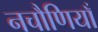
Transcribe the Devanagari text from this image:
नचौणियाँ